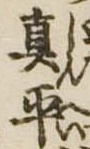
真平